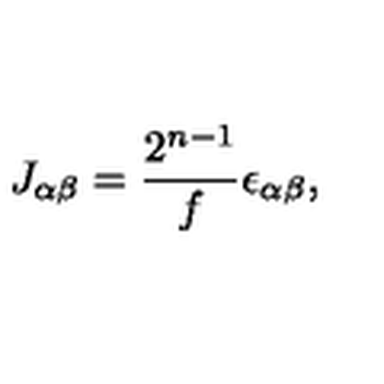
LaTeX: J _ { \alpha \beta } = \frac { 2 ^ { n - 1 } } { f } \epsilon _ { \alpha \beta } ,